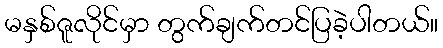
မနှစ်ဇူလိုင်မှာ တွက်ချက်တင်ပြခဲ့ပါတယ်။